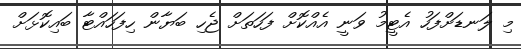
މި ލަނޑަށްފަހު އެޓީމު ވަނީ އެއްކޮށް ފަހަތަށް ޖެހި ބަޔާން ހިފަހައްޓާ ބައިކޮޅަށް